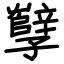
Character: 孼